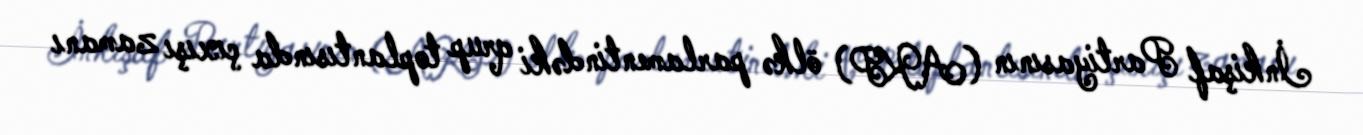
İnkişaf Partiyasının (AKP) ölkə parlamentindəki qrup toplantısında çıxışı zamanı